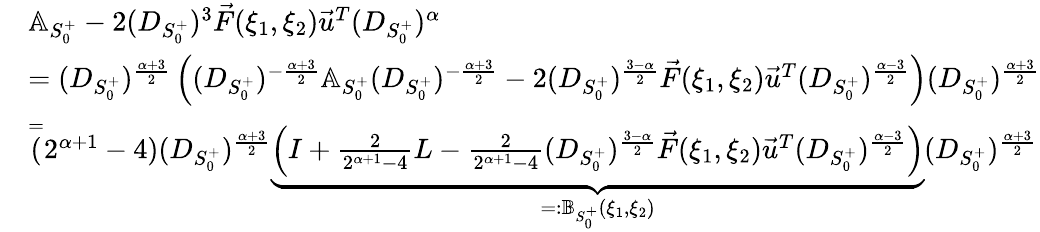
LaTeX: \begin{array}{rl}&{\mathbb{A}_{S_{0}^{+}}-2(D_{S_{0}^{+}})^{3}\vec{F}(\xi_{1},\xi_{2})\vec{u}^{T}(D_{S_{0}^{+}})^{\alpha}}\\ &{=(D_{S_{0}^{+}})^{\frac{\alpha+3}2}\left((D_{S_{0}^{+}})^{-\frac{\alpha+3}2}\mathbb{A}_{S_{0}^{+}}(D_{S_{0}^{+}})^{-\frac{\alpha+3}2}-2(D_{S_{0}^{+}})^{\frac{3-\alpha}{2}}\vec{F}(\xi_{1},\xi_{2})\vec{u}^{T}(D_{S_{0}^{+}})^{\frac{\alpha-3}2}\right)(D_{S_{0}^{+}})^{\frac{\alpha+3}2}}\\ &{\overset=(2^{\alpha+1}-4)(D_{S_{0}^{+}})^{\frac{\alpha+3}2}\underbrace{\left(I+\frac{2}{2^{\alpha+1}-4}L-\frac{2}{2^{\alpha+1}-4}(D_{S_{0}^{+}})^{\frac{3-\alpha}{2}}\vec{F}(\xi_{1},\xi_{2})\vec{u}^{T}(D_{S_{0}^{+}})^{\frac{\alpha-3}2}\right)}_{=:\mathbb{B}_{S_{0}^{+}}(\xi_{1},\xi_{2})}(D_{S_{0}^{+}})^{\frac{\alpha+3}2}}\end{array}